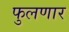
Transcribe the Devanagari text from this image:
फुलणार